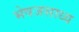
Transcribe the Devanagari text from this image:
भेषजसाध्य